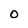
Character: O